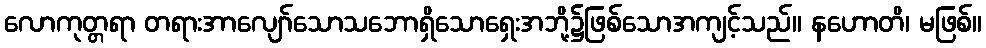
လောကုတ္တရာ တရားအာလျော်သောသဘောရှိသောရှေးအဘို့၌ဖြစ်သောအကျင့်သည်။ နဟောတိ၊ မဖြစ်။